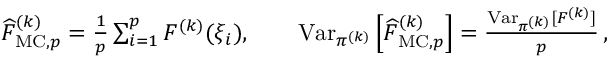
\begin{array} { r } { \widehat { F } _ { \mathrm { M C } , p } ^ { ( k ) } = \frac { 1 } { p } \sum _ { i = 1 } ^ { p } F ^ { ( k ) } ( \xi _ { i } ) , \qquad \operatorname { V a r } _ { \pi ^ { ( k ) } } \left[ \widehat { F } _ { \mathrm { M C } , p } ^ { ( k ) } \right] = \frac { \operatorname { V a r } _ { \pi ^ { ( k ) } } [ F ^ { ( k ) } ] } { p } \, , } \end{array}